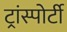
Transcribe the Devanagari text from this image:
ट्रांस्पोर्टी